Lunatic asylums Bombay report 1878-1890 - 1878-1890
Year: 1878
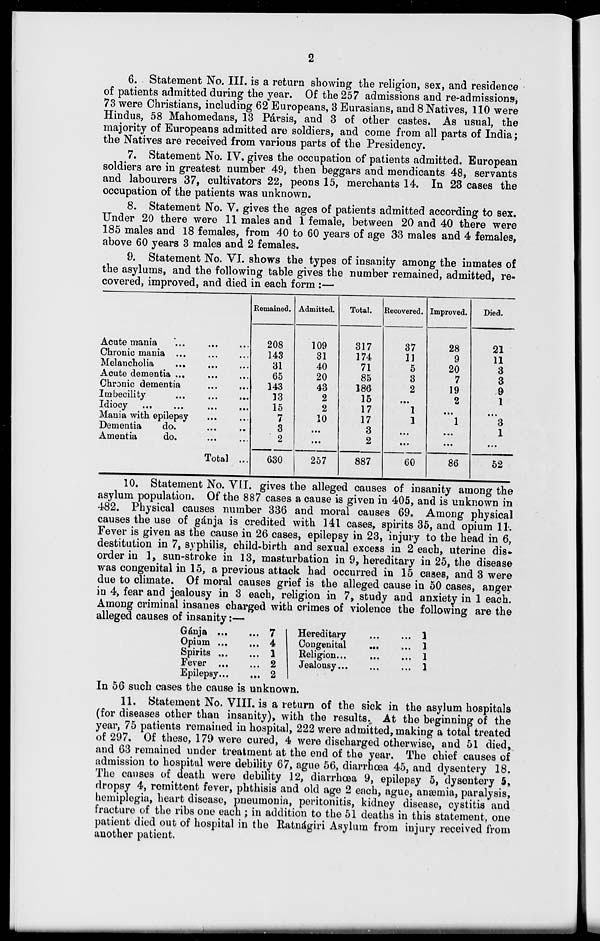
2
6. Statement No. III. is a return showing the religion, sex, and residence
of patients admitted during the year. Of the 257 admissions and re-admissions,
73 were Christians, including 62 Europeans, 3 Eurasians, and 8 Natives, 110 were
Hindus, 58 Mahomedans, 13 Pársis, and 3 of other castes. As usual, the
majority of Europeans admitted are soldiers, and come from all parts of India;
the Natives are received from various parts of the Presidency.
7. Statement No. IV. gives the occupation of patients admitted. European
soldiers are in greatest number 49, then beggars and mendicants 48, servants
and labourers 37, cultivators 22, peons 15, merchants 14. In 23 cases the
occupation of the patients was unknown.
8. Statement No. V. gives the ages of patients admitted according to sex.
Under 20 there were 11 males and 1 female, between 20 and 40 there were
185 males and 18 females, from 40 to 60 years of age 33 males and 4 females,
above 60 years 3 males and 2 females.
9. Statement No. VI. shows the types of insanity among the inmates of
the asylums, and the following table gives the number remained, admitted, re-
covered, improved, and died in each form :—
Acute mania ... ... ...
Chronic mania
...
...
...
Melancholia ... ... ...
Acute dementia ... ... ...
Chronic dementia ... ...
Imbecility
...
...
...
Idiocy
...
...
...
...
Mania with epilepsy ... ...
Dementia
do. ... ...
Amentia
do. ... ...
Total ...
Remained.
208
143
31
65
143
13
15
7
3
2
630
Admitted.
109
31
40
20
43
2
2
10
...
...
257
Total.
317
174
71
85
186
15
17
17
3
2
887
Recovered.
37
11
5
3
2
...
1
1
...
...
60
Improved.
28
9
20
7
19
2
...
1
...
...
86
Died.
21
11
3
3
9
1
...
3
1
...
52
10. Statement No. VII. gives the alleged causes of insanity among the
asylum population. Of the 887 cases a cause is given in 405, and is unknown in
482. Physical causes number 336 and moral causes 69. Among physical
causes the use of gánja is credited with 141 cases, spirits 35, and opium 11.
Fever is given as the cause in 26 cases, epilepsy in 23, injury to the head in 6,
destitution in 7, syphilis, child-birth and sexual excess in 2 each, uterine dis-
order in 1, sun-stroke in 13, masturbation in 9, hereditary in 25, the disease
was congenital in 15, a previous attack had occurred in 15 cases, and 3 were
due to climate. Of moral causes grief is the alleged cause in 50 cases, anger
in 4, fear and jealousy in 3 each, religion in 7, study and anxiety in 1 each.
Among criminal insanes charged with crimes of violence the following are the
alleged causes of insanity:—
Gánja ... ...
Opium
...
...
Spirits ... ...
Fever
...
...
Epilepsy ... ...
7
4
1
2
2
Hereditary
...
...
Congenital
...
...
Religion...
...
...
Jealousy...
...
...
1
1
1
1
In 56 such cases the cause is unknown.
11. Statement No. VIII. is a return of the sick in the asylum hospitals
(for diseases other than insanity), with the results. At the beginning of the
year, 75 patients remained in hospital, 222 were admitted, making a total treated
of 297. Of these, 179 were cured, 4 were discharged otherwise, and 51 died,
and 63 remained under treatment at the end of the year. The chief causes of
admission to hospital were debility 67, ague 56, diarrhœa 45, and dysentery 18.
The causes of death were debility 12, diarrhœa 9, epilepsy 5, dysentery 5,
dropsy 4, remittent fever, phthisis and old age 2 each, ague, anæmia, paralysis,
hemiplegia, heart disease, pneumonia, peritonitis, kidney disease, cystitis and
fracture of the ribs one each ; in addition to the 51 deaths in this statement, one
patient died out of hospital in the Ratnágiri Asylum from injury received from
another patient.